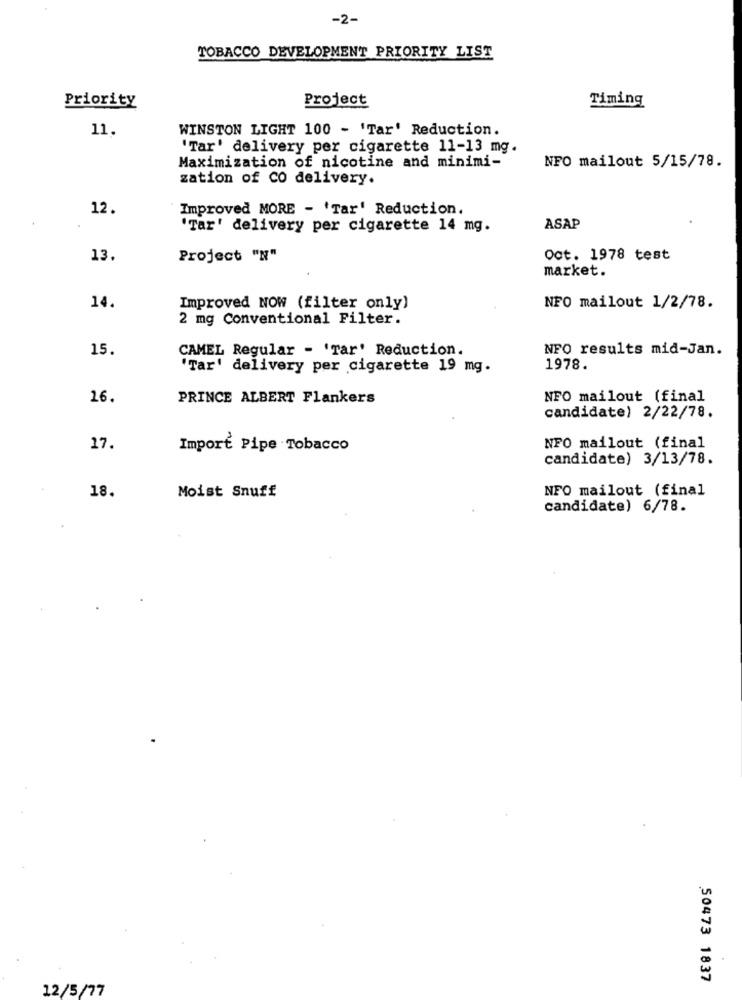
-2-
TOBACCO DEVELOPMENT PRIORITY LIST
Project
Timing
Priority
11.
WINSTON LIGHT 100 - 'Tar' Reduction.
'Tar' delivery per cigarette 11-13 mg.
Maximization of nicotine and minimi-
NFO mailout 5/15/78.
zation of CO delivery.
12.
Improved MORE - 'Tar' Reduction.
'Tar' delivery per cigarette 14 mg.
ASAP
13.
Project "N"
Oct. 1978 test
market.
14.
Improved NOW (filter only)
NFO mailout 1/2/78.
2 mg Conventional Filter.
15.
CAMEL Regular - 'Tar' Reduction.
NFO results mid-Jan.
'Tar' delivery per cigarette 19 mg.
1978.
16.
PRINCE ALBERT Flankers
NFO mailout (final
candidate) 2/22/78.
17.
Import Pipe Tobacco
NFO mailout (final
candidate) 3/13/78.
Moist Snuff
NFO mailout (final
18.
candidate) 6/78.
50473 1837
12/5/77